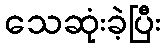
သေဆုံးခဲ့ပြီး